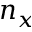
n _ { x }